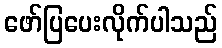
ဖော်ပြပေးလိုက်ပါသည်